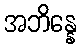
အဘိန္နေ